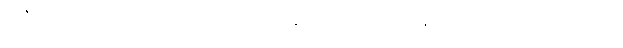
အဲဒီတော့ ဆက်ပြီးတော့အခု လူက ကုန်သလောက်ဖြစ်နေပြီဆိုတော့ သူတို့ဖမ်းတာ။